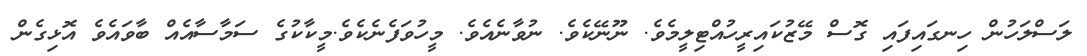
ލަސްލަހުން ހިނގައިފައި ގޮސް މޭޒުކައިރީހުއްޓިލީމެވެ. ނޫނޭކެވެ. ނުވާނެއެވެ. މީހުވަފެނެކެވެ.މީކާކުގެ ސަމާސާއެއް ބާވައެވެ އޮޅިގެން